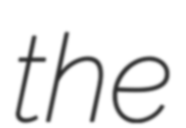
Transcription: the